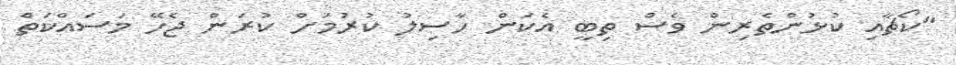
"ކޯޗާއި ކުޅުންތެރިން ވެސް ތިބީ އެކަން ހާސިލު ކުރުމަށް ކުރަން ޖެހޭ މަސައްކަތް